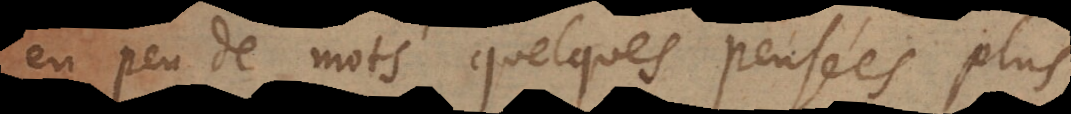
en peu de mots quelques pensées pl